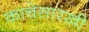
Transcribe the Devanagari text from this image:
काचेसारखी